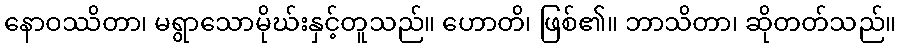
နောဝဿိတာ၊ မရွာသောမိုဃ်းနှင့်တူသည်။ ဟောတိ၊ ဖြစ်၏။ ဘာသိတာ၊ ဆိုတတ်သည်။